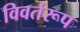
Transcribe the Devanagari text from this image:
विवर्तरूप